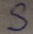
Text: S